system: You are a helpful assistant.
user:
Analyze the provided spectrum to determine if it is a **"Cataclysmic Variables (CV)"**.

- **Key Indicators for CV (Check for either state):**
    - **State 1: Quiescent / Low-State (Emission-Dominated)**
        - **(Primary):** Strong and *very broad* Hydrogen Balmer emission lines (e.g., $H\alpha$ at 6563 Å, $H\beta$ at 4861 Å). The 'broadness' (high velocity dispersion, often FWHM > 1000 km/s) is the key diagnostic, indicating a high-velocity accretion disk.
        - **(Secondary):** Broad neutral Helium (He I) emission lines (e.g., 5876 Å, 6678 Å).
        - **(Key Confirmation):** Presence of high-excitation *ionized* Helium (He II) emission at 4686 Å. This is a strong indicator of accretion onto a white dwarf.
        - **(Line Profile):** Emission lines may exhibit a 'double-peaked' profile, which is a classic signature of a rotating accretion disk viewed at high inclination.

    - **State 2: Outburst / High-State (Absorption-Dominated)**
        - **(Primary):** Spectrum is dominated by a bright, blue continuum (looks like a hot star).
        - **(Secondary):** The emission lines from State 1 are weak, absent, or 'filled in', and are replaced by broad, shallow *absorption* lines (primarily Balmer and He I).
        - **(Morphology):** The overall spectrum mimics a hot B/A-type star. The crucial difference is that the absorption lines are significantly broader, shallower, and more 'washed-out' (or 'smeared') than the sharp lines of a normal stellar photosphere, due to high rotational speeds and pressure broadening in the disk.

Think first, call **spectral_visualization_tool** if needed to examine features in detail, then provide your final answer. Your response must adhere to the following strict rules:
1.  **Overall Structure:** Your response must follow the format `<think>...</think> <tool_call>...</tool_call> (if a tool is used) <answer>...</answer>`.
2.  **Tool Usage Constraint:** You may only make **one** tool call per turn.
3.  **Final Answer Format:** In the `<answer>` tag, your conclusion must be inside a `\boxed{}` command (e.g., `\boxed{YES}`), followed by your justification.

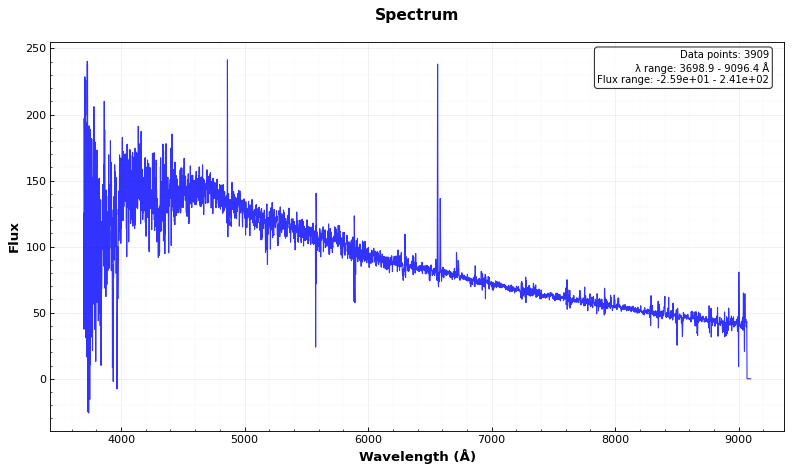
Answer: NO